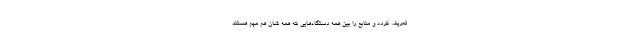
تعریف کرده و منابع را بین همه دستگاه‌هایی که همه شان هم مهم هستند